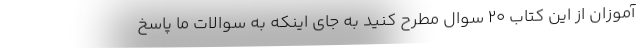
آموزان از این کتاب ۲۰ سوال مطرح کنید به جای اینکه به سوالات ما پاسخ